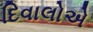
દિવાલોએ